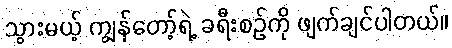
သွားမယ့် ကျွန်တော့်ရဲ့ ခရီးစဉ်ကို ဖျက်ချင်ပါတယ်။